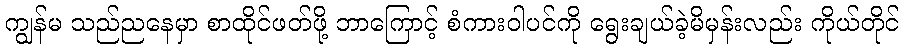
ကျွန်မ သည်ညနေမှာ စာထိုင်ဖတ်ဖို့ ဘာကြောင့် စံကားဝါပင်ကို ရွေးချယ်ခဲ့မိမှန်းလည်း ကိုယ်တိုင်